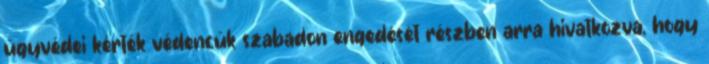
ügyvédei kérték védencük szabadon engedését részben arra hivatkozva, hogy